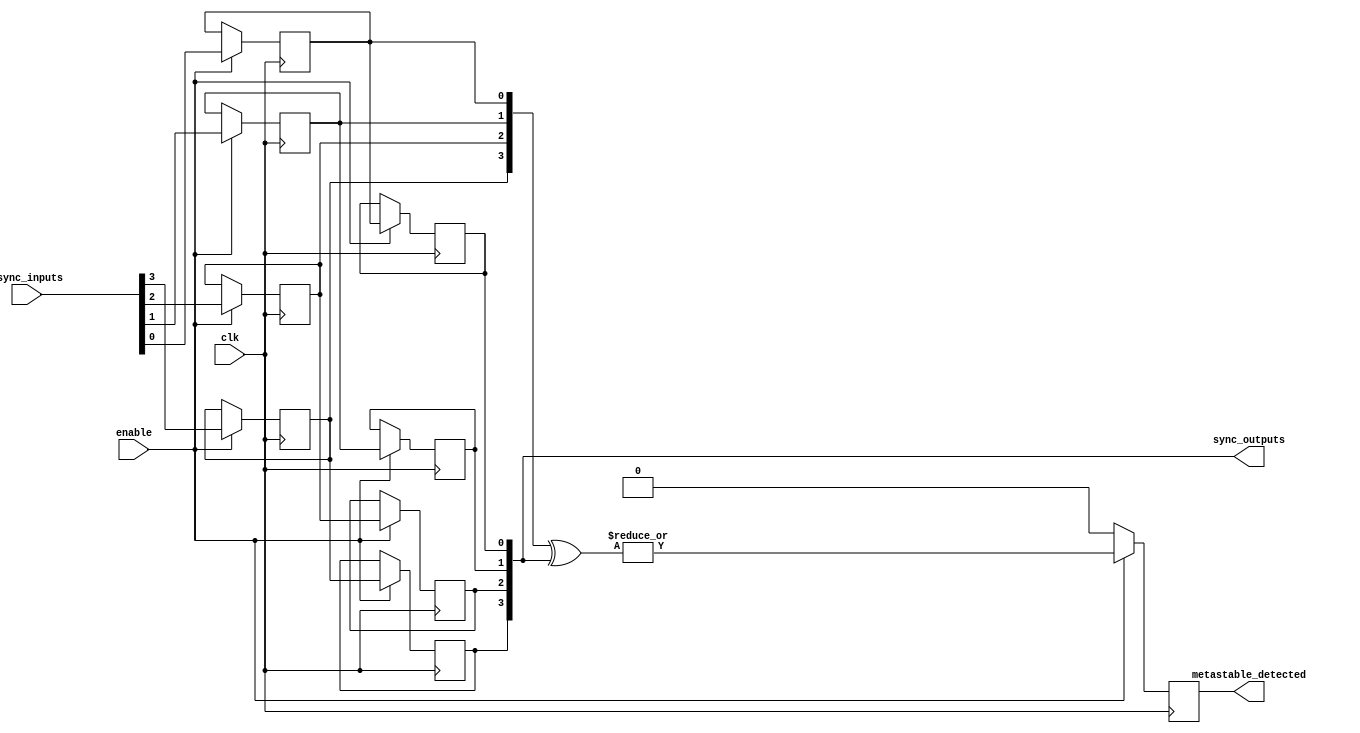
module async_to_sync_converter #(
    parameter NUM_CHANNELS = 4 // Number of asynchronous input channels
)(
    input wire clk, // Synchronous clock signal
    input wire [NUM_CHANNELS-1:0] async_inputs, // Asynchronous input signals
    output reg [NUM_CHANNELS-1:0] sync_outputs, // Synchronized output signals
    input wire enable, // Control signal to enable synchronization
    output reg metastable_detected // Metastability detection signal
);

    // Internal signals for dual-flop synchronizers
    reg [NUM_CHANNELS-1:0] sync_ff1 [1:0]; // First and second flip-flops for each channel
    reg [NUM_CHANNELS-1:0] metastable_state; // Metastable state tracking

    // Dual-flop synchronizer for each asynchronous input
    genvar i;
    generate
        for (i = 0; i < NUM_CHANNELS; i = i + 1) begin : sync_channel
            always @(posedge clk) begin
                if (enable) begin
                    sync_ff1[0][i] <= async_inputs[i]; // First flip-flop
                    sync_ff1[1][i] <= sync_ff1[0][i]; // Second flip-flop
                end
            end
            assign sync_outputs[i] = sync_ff1[1][i]; // Output from the second flip-flop
        end
    endgenerate

    // Metastability detection logic
    always @(posedge clk) begin
        if (enable) begin
            // Check if the output of the first flip-flop is different from the second
            // This can indicate a metastable state
            metastable_detected <= |(sync_ff1[0] ^ sync_ff1[1]);
            metastable_state <= sync_ff1[0]; // Store the state of the first flip-flop
        end else begin
            metastable_detected <= 1'b0; // Reset detection when not enabled
        end
    end

endmodule